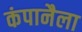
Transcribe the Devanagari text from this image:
कंपानैला